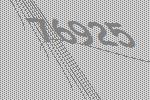
76925